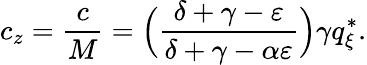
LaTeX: c_{z}=\frac{c}{M}=\Big(\frac{\delta+\gamma-\varepsilon}{\delta+\gamma-\alpha\varepsilon}\Big)\gamma q_{\xi}^{*}.